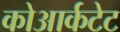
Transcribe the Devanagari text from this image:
कोआर्कटेट